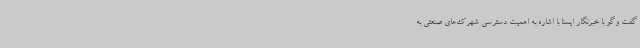
گفت وگو با خبرنگار ایسنا با اشاره به اهمیت دسترسی شهرک‌های صنعتی به